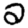
Digit: 2